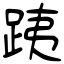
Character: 跠